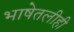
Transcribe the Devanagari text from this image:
भाषेतलीही